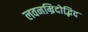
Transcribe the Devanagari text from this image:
लवनम्रिदोद्भिद